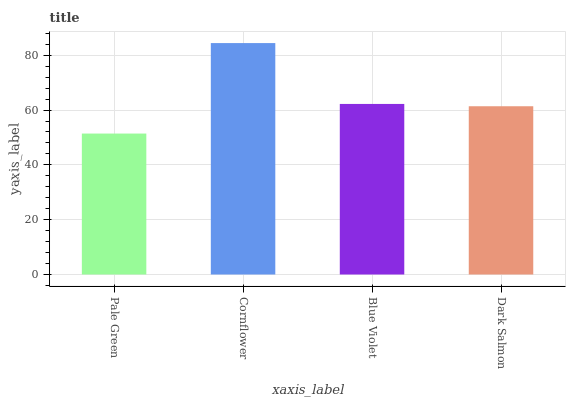
| xaxis_label | bars |
 | --- | --- |
 | Pale Green | 51.4 |
 | Cornflower | 84.4 |
 | Blue Violet | 62.2 |
 | Dark Salmon | 61.4 |